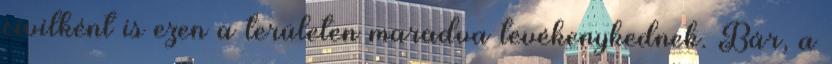
civilként is ezen a területen maradva tevékenykednek. Bár, a